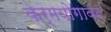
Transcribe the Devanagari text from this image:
कर्मयोगावर